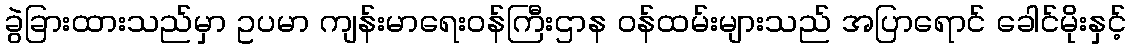
ခွဲခြားထားသည်မှာ ဥပမာ ကျန်းမာရေးဝန်ကြီးဌာန ဝန်ထမ်းများသည် အပြာရောင် ခေါင်မိုးနှင့်